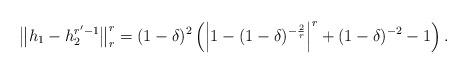
LaTeX: \begin{align*}\big\|h_1-h_2^{r'-1}\big\|_{r}^r & = (1-\delta)^2\left(\left|1-(1-\delta)^{-\frac{2}{r}}\right|^r+(1-\delta)^{-2}-1\right).\end{align*}